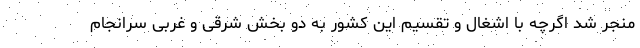
منجر شد اگرچه با اشغال و تقسیم این کشور به دو بخش شرقی و غربی سرانجام